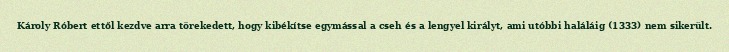
Károly Róbert ettől kezdve arra törekedett, hogy kibékítse egymással a cseh és a lengyel királyt, ami utóbbi haláláig (1333) nem sikerült.